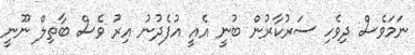
ނަމަވެސް ދިވެހި ސަރުކާރުން ބުނީ އެއީ އުފެދުނު އިރު ވެސް ބާތިލް ނޫނީ